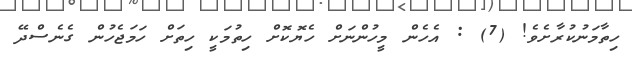
ހިތާމަނުކުރާށެވެ! (7) : އެހެން މީހުންނަށް ހެޔޮކޮށް ހިތުމަކީ ހިތަށް ހަމަޖެހުން ގެނެސްދޭ